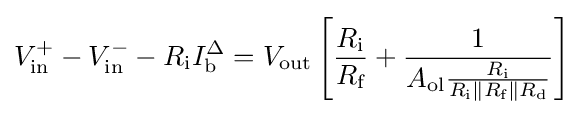
V_{\text{in}}^{+}-V_{\text{in}}^{-}-R_{\text{i}}I_{\text{b}}^{\Delta }=V_{\text{out}}\left[{\frac {R_{\text{i}}}{R_{\text{f}}}}+{\frac {1}{A_{\text{ol}}{\frac {R_{\text{i}}}{R_{\text{i}}\parallel R_{\text{f}}\parallel R_{\text{d}}}}}}\right]